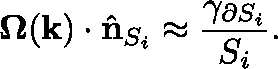
\mathbf { \Omega } ( \mathbf { k } ) \cdot \hat { \mathbf { n } } _ { S _ { i } } \approx \frac { \gamma _ { \partial S _ { i } } } { S _ { i } } .